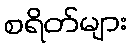
စရိတ်များ